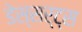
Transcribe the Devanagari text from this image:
डेस्सर्ट्स